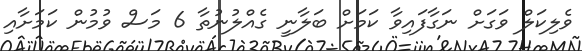
ވެލިކަލް ވަގަށް ނަގާފައިވާ ކަމަށް ބަލާނީ ގެއްލުނުތާ 6 މަސް ވުމުން ކަމަށާއި